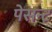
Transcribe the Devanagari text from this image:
पेसन्ट